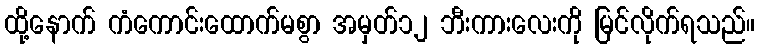
ထို့နောက် ကံကောင်းထောက်မစွာ အမှတ်၁၂ ဘီးကားလေးကို မြင်လိုက်ရသည်။